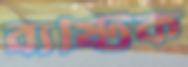
ব্যষ্টিক